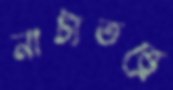
নাট্যতত্ত্বে